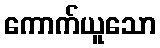
ကောက်ယူသော